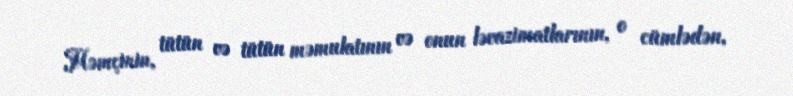
Həmçinin, tütün və tütün məmulatının və onun ləvazimatlarının, o cümlədən,